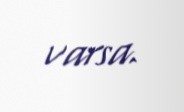
varsa.